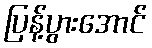
ပြန့်ပွားအောင်